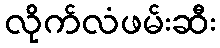
လိုက်လံဖမ်းဆီး